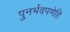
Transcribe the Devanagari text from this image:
पुनर्भवपणेहि